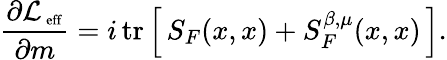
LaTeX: \frac{\partial{\cal L}_{\mathrm{\scriptsize~eff}}}{\partial m}=i\, \mathrm{tr}\left[\, S_{F}(x,x)+S_{F}^{\beta,\mu}(x,x)\, \right].